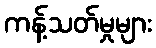
ကန့်သတ်မှုများ